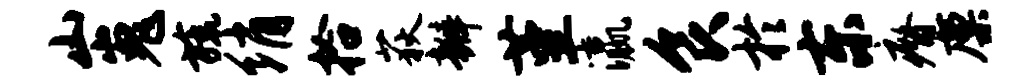
山嵬旒绡拾荻瓣堇瀛食於东瘠廪